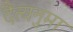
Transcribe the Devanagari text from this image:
दैत्यनुमा